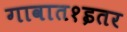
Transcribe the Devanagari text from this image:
गावात१इतर